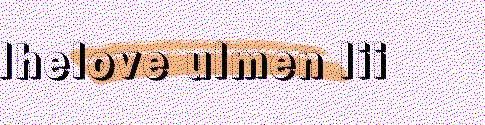
Ihelove ulmen lii